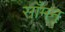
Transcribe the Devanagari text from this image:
साँमन